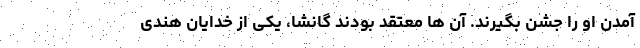
آمدن او را جشن بگیرند. آن ها معتقد بودند گانشا، یکی از خدایان هندی